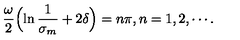
\frac { \omega } { 2 } \Bigl ( \ln \frac { 1 } { \sigma _ { m } } + 2 \delta \Bigr ) = n \pi , \mathop { n = 1 , 2 , } \cdots .